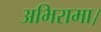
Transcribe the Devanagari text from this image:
अभिरामा।